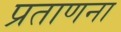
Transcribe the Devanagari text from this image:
प्रताणना